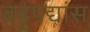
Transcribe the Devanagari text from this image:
बहुपद्यांस